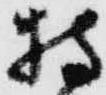
持